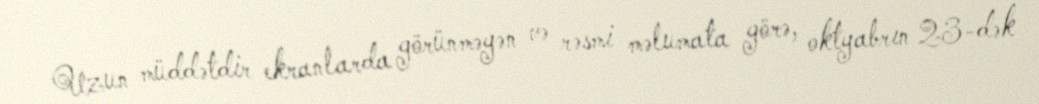
Uzun müddətdir ekranlarda görünməyən və rəsmi məlumata görə, oktyabrın 23-dək